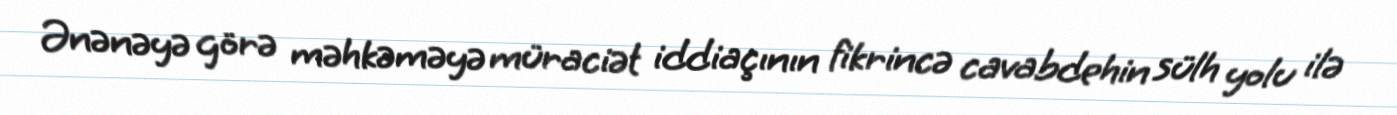
Ənənəyə görə məhkəməyə müraciət iddiaçının fikrincə cavabdehin sülh yolu ilə